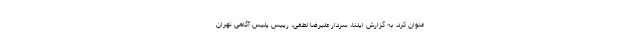
عنوان کرد. به گزارش ایلنا، سردار علیرضا لطفی، رییس پلیس آگاهی تهران